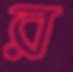
র